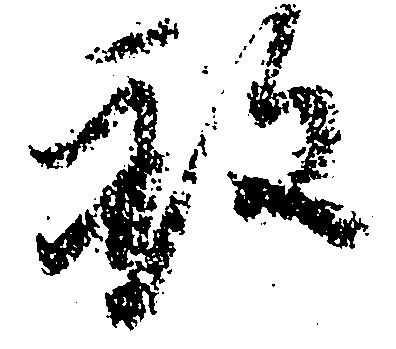
致